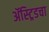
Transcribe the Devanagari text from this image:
ॲस्ट्रिडचा